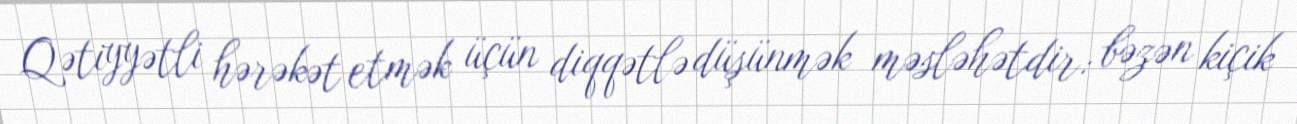
Qətiyyətli hərəkət etmək üçün diqqətlə düşünmək məsləhətdir: bəzən kiçik